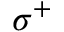
\sigma ^ { + }